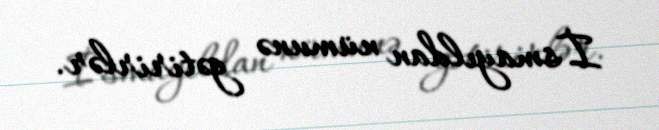
İsmayıldan nümunə gətirirlər.